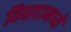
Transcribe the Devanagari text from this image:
विवादामध्ये